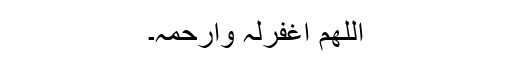
اللھم اغفرلہ وارحمہ۔